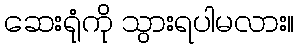
ဆေးရုံကို သွားရပါမလား။